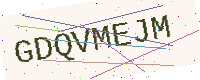
Text: GDQVMEJM